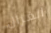
الغزال